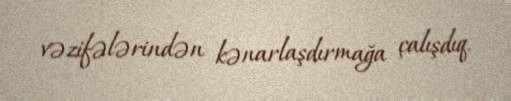
vəzifələrindən kənarlaşdırmağa çalışdıq.